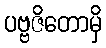
ပဗ္ဗဇိတောမှိ